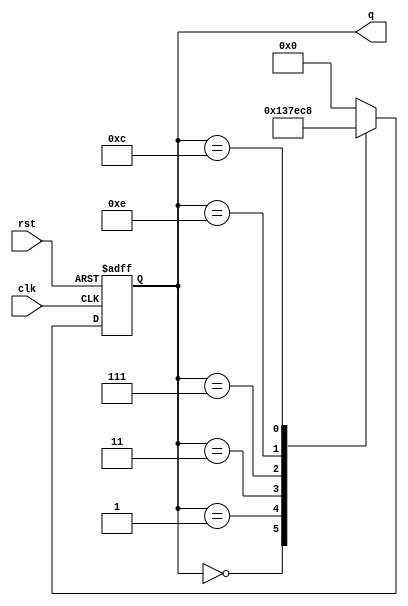
module johnson_counter (
    input wire clk,
    input wire rst,
    output reg [3:0] q
);

reg [3:0] next_state;

always @(posedge clk or posedge rst) begin
    if (rst) begin
        q <= 4'b0000;
    end else begin
        q <= next_state;
    end
end
        
always @(*) begin
    case(q)
        4'b0000: next_state = 4'b0001;
        4'b0001: next_state = 4'b0011;
        4'b0011: next_state = 4'b0111;
        4'b0111: next_state = 4'b1110;
        4'b1110: next_state = 4'b1100;
        4'b1100: next_state = 4'b1000;
        4'b1000: next_state = 4'b0000;
        default: next_state = 4'b0000;
    endcase
end

endmodule